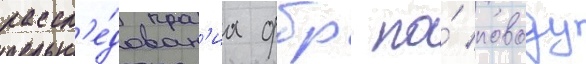
рассл'е́дован'иа фбр по́ поводу